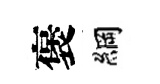
褒綱